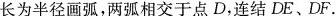
长为半径画弧，两弧相交于点D，连结DE、DF。